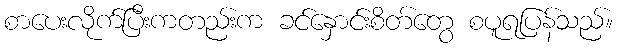
စာပေးလိုက်ပြီးကတည်းက ခင်နှောင်းစိတ်တွေ စပူရပြန်သည်။